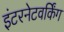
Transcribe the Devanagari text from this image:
इंटरनेटवर्किंग